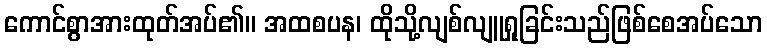
ကောင်စွာအားထုတ်အပ်၏။ အထစပန၊ ထိုသို့လျစ်လျူရှုခြင်းသည်ဖြစ်စေအပ်သော